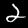
Label: 2